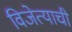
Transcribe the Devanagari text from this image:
विजेत्याची